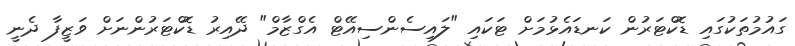
ގައުމުތަކުގައި ޑޮކްޓަރުން ކަނޑައެޅުމަށް ޓަކައި "ލައިސެންސިއޭޓް އެގްޒާމް" ދޭއިރު ޑޮކްޓަރުންނަށް ވަޒީފާ ދެނީ